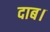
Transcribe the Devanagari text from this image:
दाब।